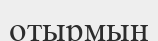
отырмын